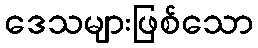
ဒေသများဖြစ်သော